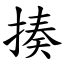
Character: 揍